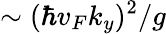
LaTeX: \sim(\hbar v_{F}k_{y})^{2}/g